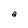
Character: a